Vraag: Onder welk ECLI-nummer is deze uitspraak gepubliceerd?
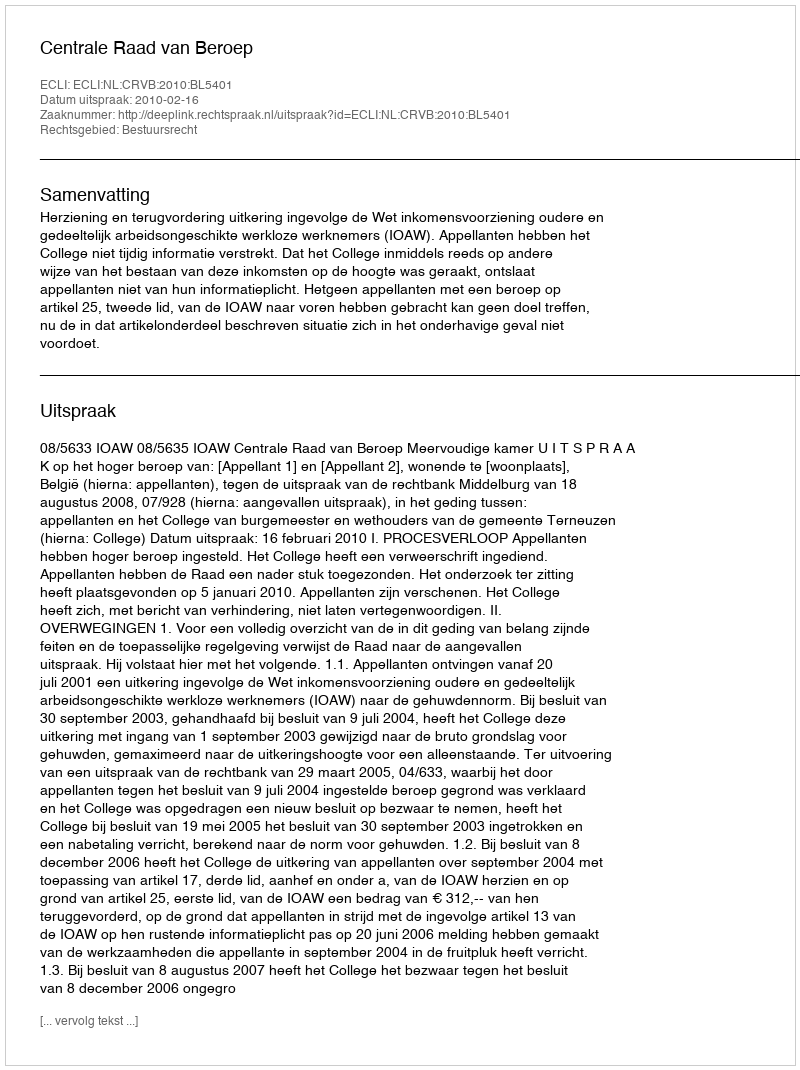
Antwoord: ECLI:NL:CRVB:2010:BL5401